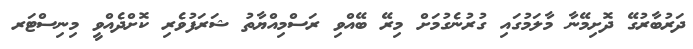
ދަރުބާރުގޭ ދޮށިމޭނާ މާލަމުގައި ގުރުނެގުމަށް މިރޭ ބޭއްވި ރަސްމިއްޔާތު ޝަރަފުވެރި ކޮށްދެއްވީ މިނިސްޓަރ